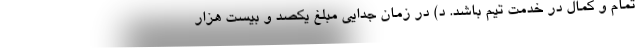
تمام و کمال در خدمت تیم باشد. د) در زمان جدایی مبلغ یکصد و بیست هزار